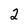
Character: 2